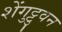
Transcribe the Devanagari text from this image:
शेंगुट्टुवन